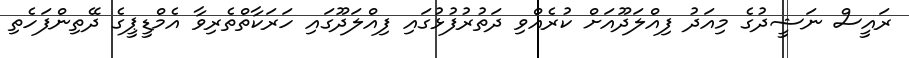
ރައީސް ނަޝީދުގެ މިއަދު ފިއްލަދޫއަށް ކުރެއްވި ދަތުރުފުޅުގައި ފިއްލަދޫގައި ހަރަކާތްތެރިވާ އެމްޑީޕީގެ ދޭތިންފަހެތި